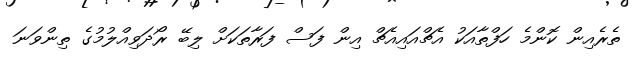
ތެރެއިން ކޮންމެ ހަފްތާއަކު އެޗްއައިއެޗް އިން ފަސް ފަރާތަކަށް ލިބޭ ރޯދަވިއްލުމުގެ ތިންވަނަ